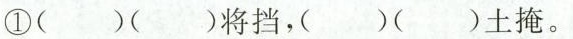
①( )( )将挡，( )( )土掩。